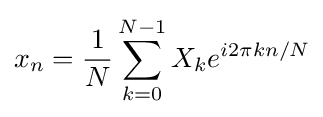
x_{n}={\frac {1}{N}}\sum _{k=0}^{N-1}X_{k}e^{i2\pi kn/N}